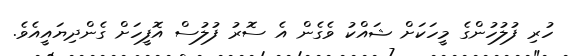
ހުރި ފުލުހުންގެ މީހަކަށް ޝައްކު ވެގެން އެ ސޮރު ފުލުސް އޮފީހަށް ގެންދިޔައީއެވެ.